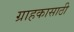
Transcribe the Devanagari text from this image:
ग्राहकासाठी